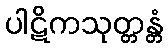
ပါဋိကသုတ္တန္တံ